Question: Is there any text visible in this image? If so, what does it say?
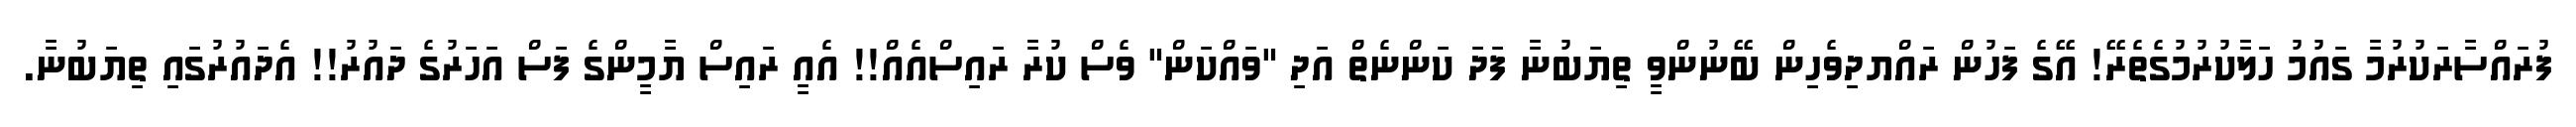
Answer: ފުރައްސާރަކުރުމާ ގައުމު ހަލާކުރުމުގެތެރޭ! އޭގެ ފަހުން ރައްޔދިވެހިން ބޭނުންވީ ތިޔަބުނާ ފަދަ ކަންނެތް އަދި "ވައްކަން" ވެސް ކުރާ ރައިސްއެއް!! އެއީ ރައިސް ޔާމީންގެ ފަސް އަހަރުގެ ދައުރު!! އެދައުރުގައި ތިޔަބުނާ.